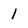
Character: 1